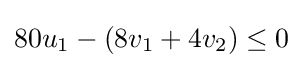
{\textstyle 80u_{1}-(8v_{1}+4v_{2})\leq 0}